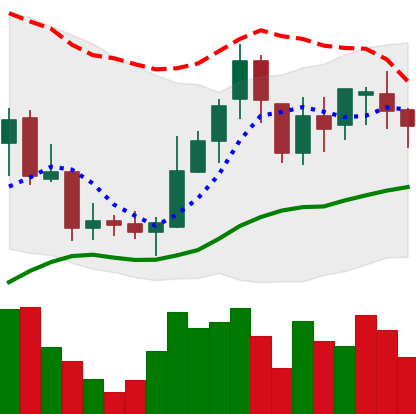
Ticker: BNB-USD
Chart end date: 2018-08-05
Forward return: -10.955%
Label: down_7plus